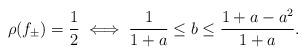
LaTeX: \begin{align*}\rho(f_\pm)=\frac12\iff\frac{1}{1+a}\le b\le \frac{1+a-a^2}{1+a}.\end{align*}